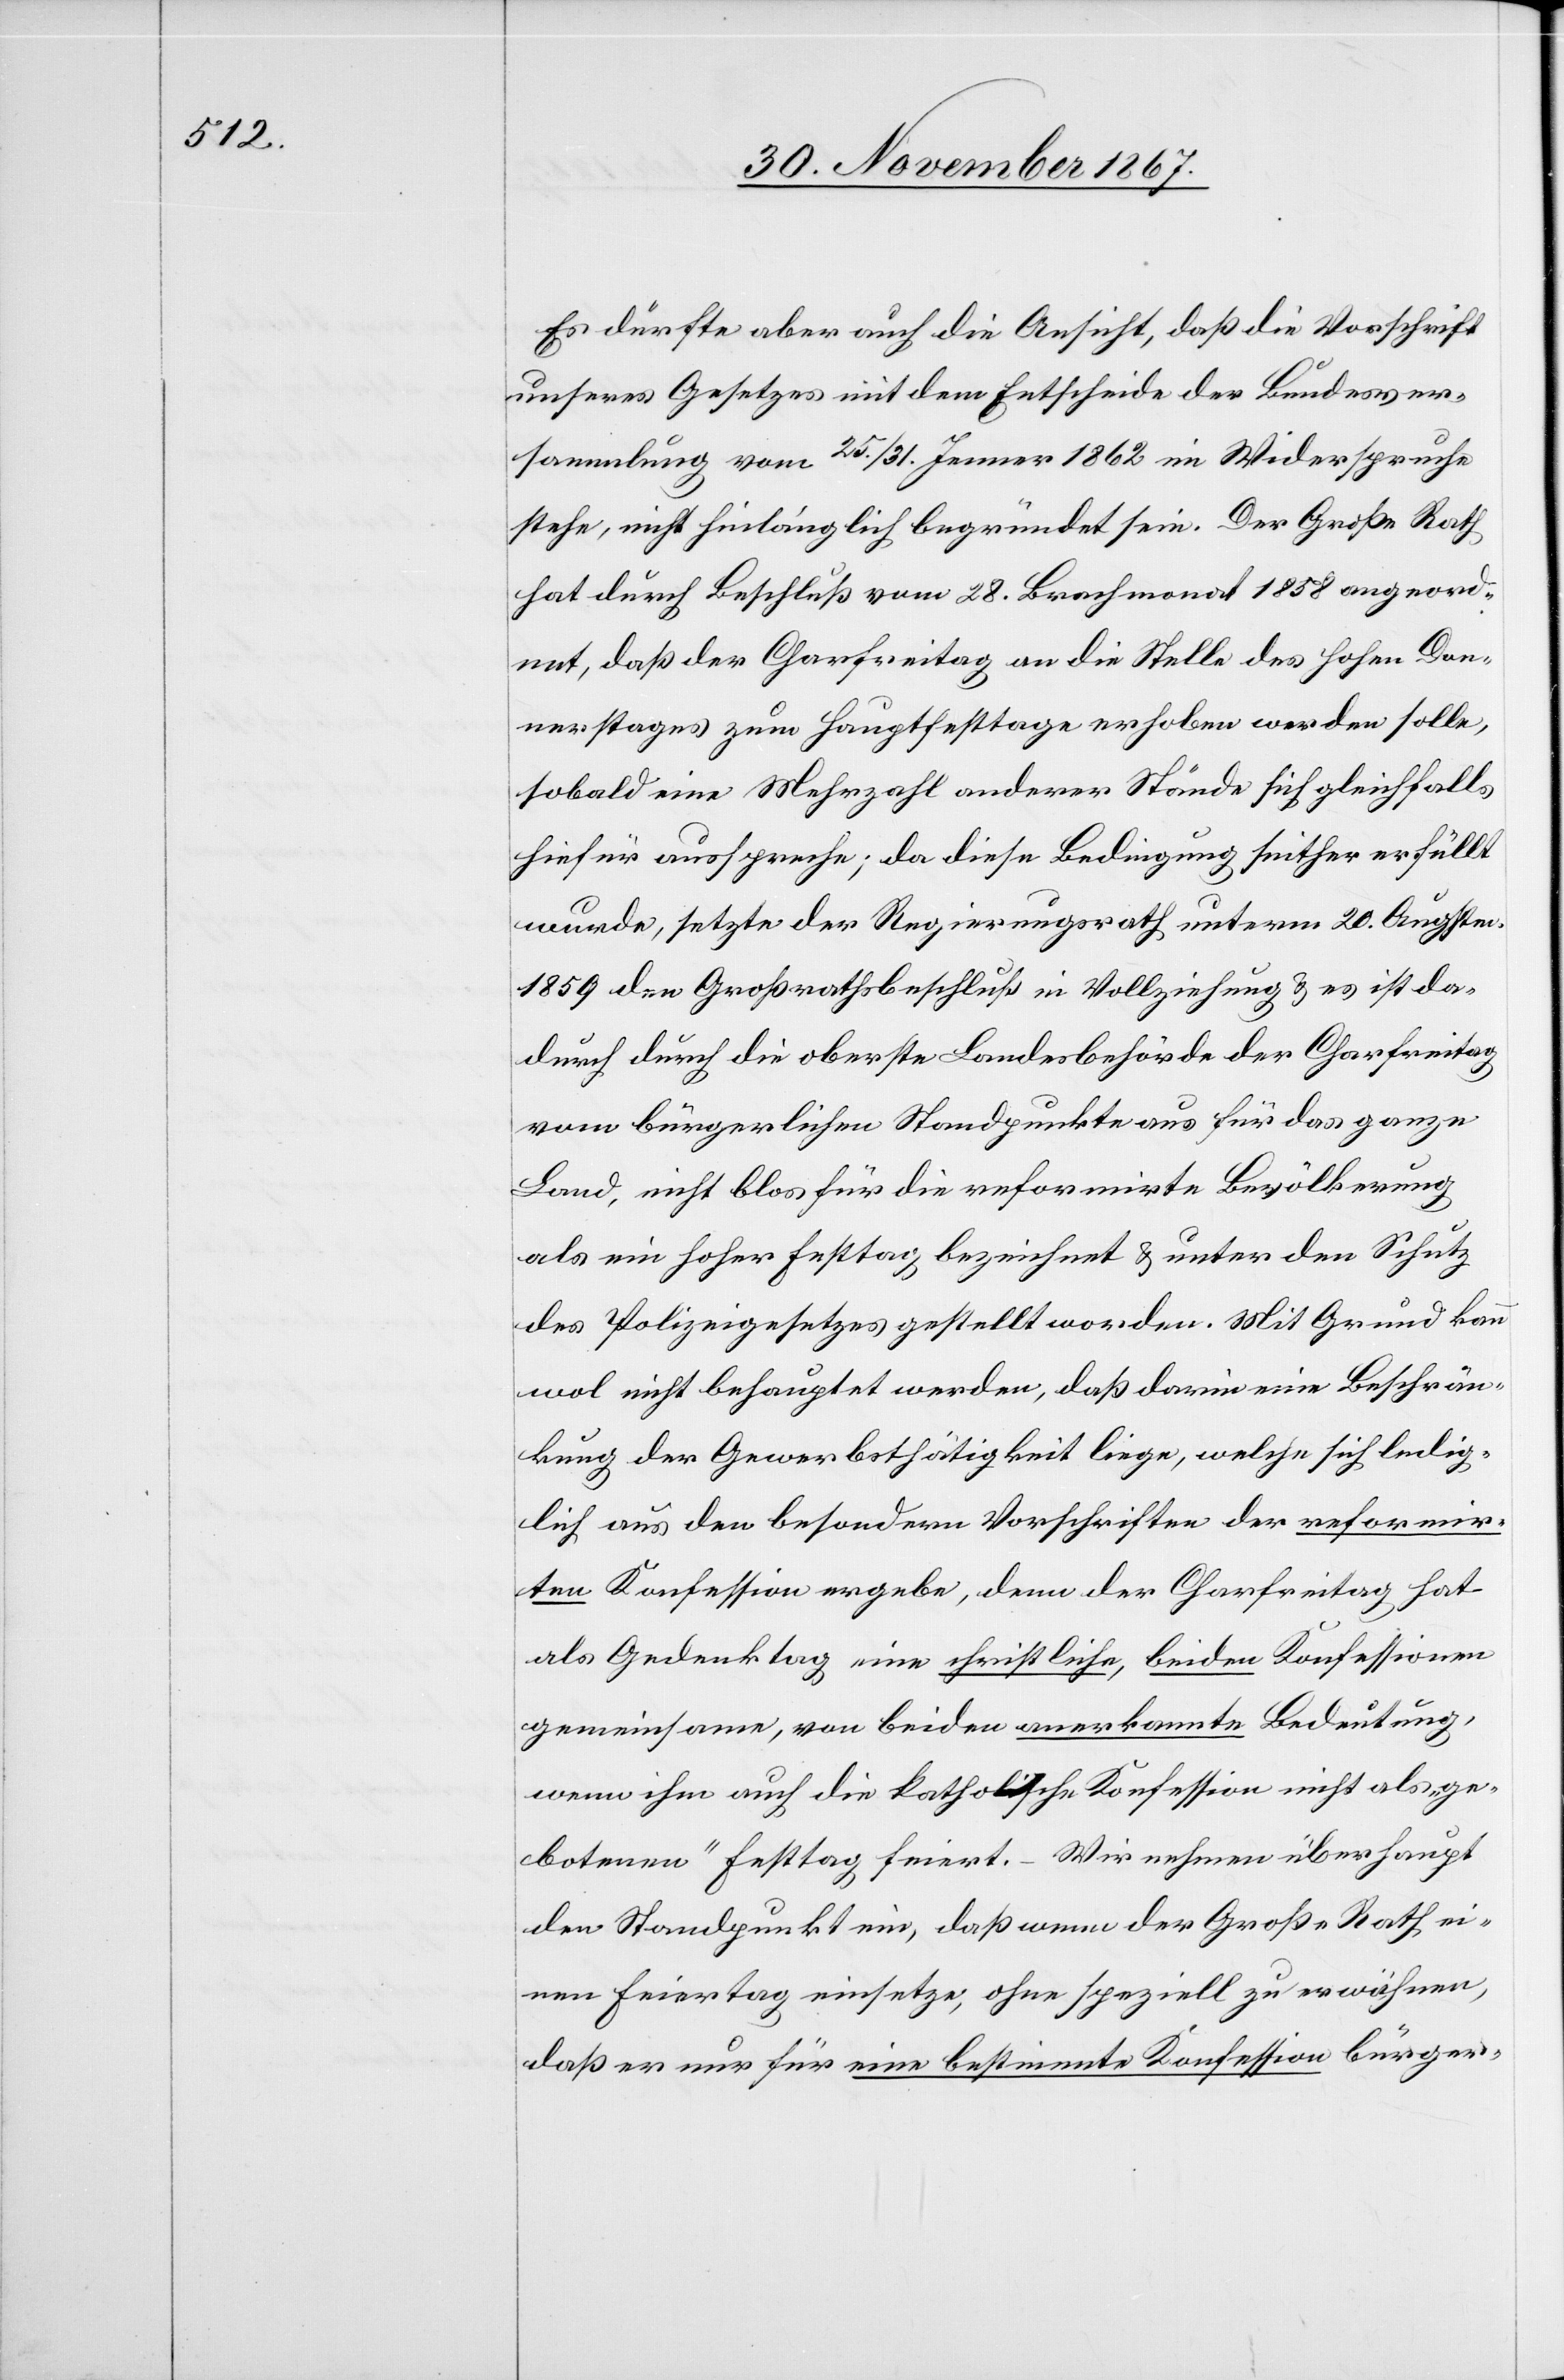
Es dürfte aber auch die Ansicht, daß die Vorschrift
unseres Gesetzes mit dem Entscheide der Bundesver¬
sammlung vom 25./31. Jenner 1862 in Widerspruche
stehe, nicht hinlänglich begründet sein. Der Große Rath
hat durch Beschluß vom 28. Brachmonat 1858 angeord¬
net, daß der Charfreitag an die Stelle des hohen Don¬
nerstages zum Hauptfesttage erhoben werden solle,
sobald eine Mehrzahl anderer Stände sich gleichfalls
hiefür ausspreche; da diese Bedingung seither erfüllt
wurde, setzte der Regierungsrath unterm 20. Augstm.
1859 den Großrathsbeschluß in Vollziehung u. es ist da¬
durch durch die oberste Landesbehörde der Charfreitag
vom bürgerlichen Standpunkte aus für das ganze
Land, nicht blos für die reformirte Bevölkerung
als ein hoher Festtag bezeichnet u. unter den Schutz
des Polizeigesetzes gestellt worden. Mit Grund kann
wol nicht behauptet werden, daß darin eine Beschrän¬
kung der Gewerbsthätigkeit liege, welche sich ledig¬
lich aus den besondern Vorschriften der reformir¬
ten Konfession ergebe, denn der Charfreitag hat
als Gedenktag eine schriftliche, beiden Konfessionen
gemeinsame, von beiden anerkannte Bedeutung,
wenn ihm auch die katholische Konfession nicht als „ge¬
botenen“ Festtag geiert. – Wir nehmen überhaupt
den Standpunkt ein, daß wenn der Große Rath ei¬
nen Feiertag einsetze, ohne speziell zu erwähnen,
daß er nur für eine bestimmte Konfession bürger-